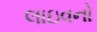
લાઇવનો